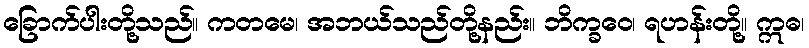
ခြောက်ပါးတို့သည်။ ကတမေ၊ အဘယ်သည်တို့နည်း။ ဘိက္ခဝေ၊ ရဟန်းတို့။ ဣဓ၊